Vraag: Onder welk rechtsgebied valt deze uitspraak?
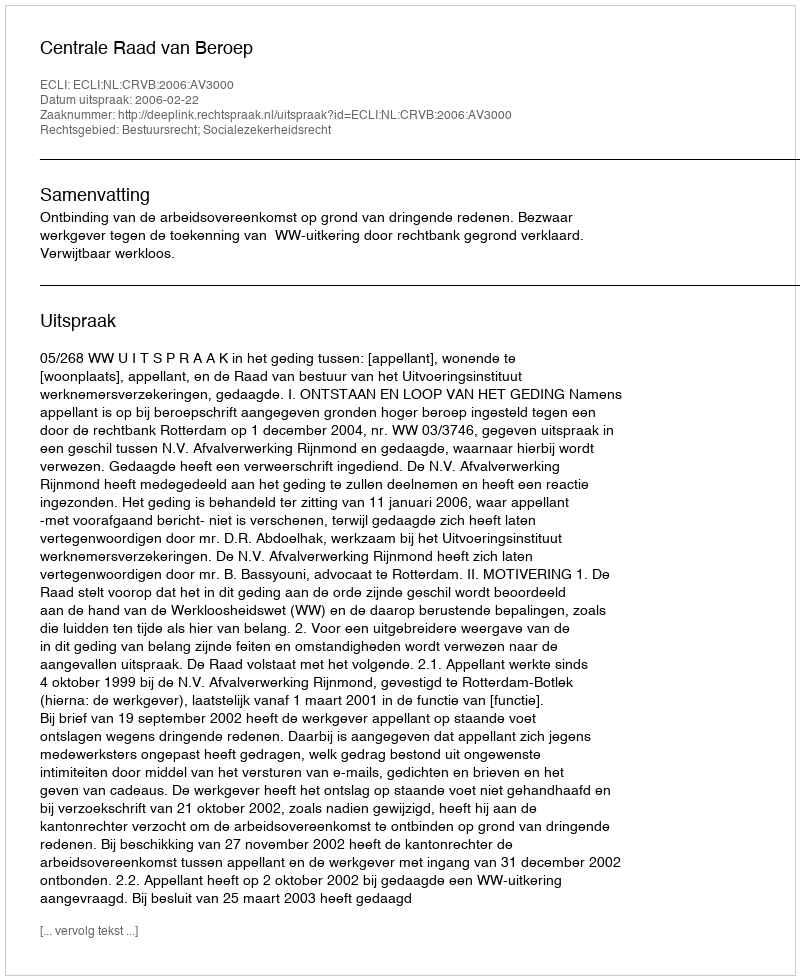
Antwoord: Bestuursrecht; Socialezekerheidsrecht